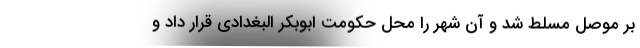
بر موصل مسلط شد و آن شهر را محل حکومت ابوبکر البغدادی قرار داد و